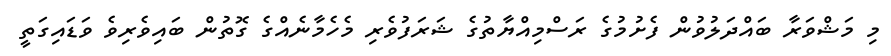
މި މަޝްވަރާ ބައްދަލުވުން ފެށުމުގެ ރަސްމިއްޔާތުގެ ޝަރަފުވެރި މެހެމާނެއްގެ ގޮތުން ބައިވެރިވެ ވަޑައިގަތީ